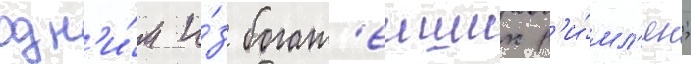
одн'и́м и́з богат'еиших р'и́мл'ян;